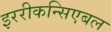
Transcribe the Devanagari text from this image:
इररीकन्सिएबल